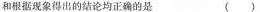
和根据现象得出的结论均正确的是（）